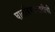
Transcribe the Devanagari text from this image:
घालविण्यासाठीची